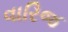
વારિજ